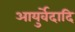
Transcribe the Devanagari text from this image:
आयुर्वेदादि